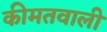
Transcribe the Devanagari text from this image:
कीमतवाली